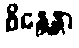
စိန္တေန္တာ